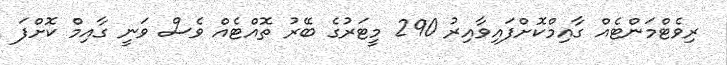
ރިވެޓްމަންޓެއް ގާއިމްކޮށްފައިވާއިރު 290 މީޓަރުގެ ބޭރު ތޮއްޓެއް ވެސް ވަނީ ގާއިމް ކޮށްފަ